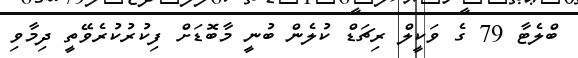
ބްލެޓާ 79 ގެ ވަކީލް ރިޗަޑް ކުލެން ބުނީ މާބޮޑަށް ފިކުރުކުރެވޭތީ ދިމާވި